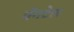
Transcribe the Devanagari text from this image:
वॅगटेल